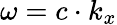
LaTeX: \omega=c\cdot k_{x}